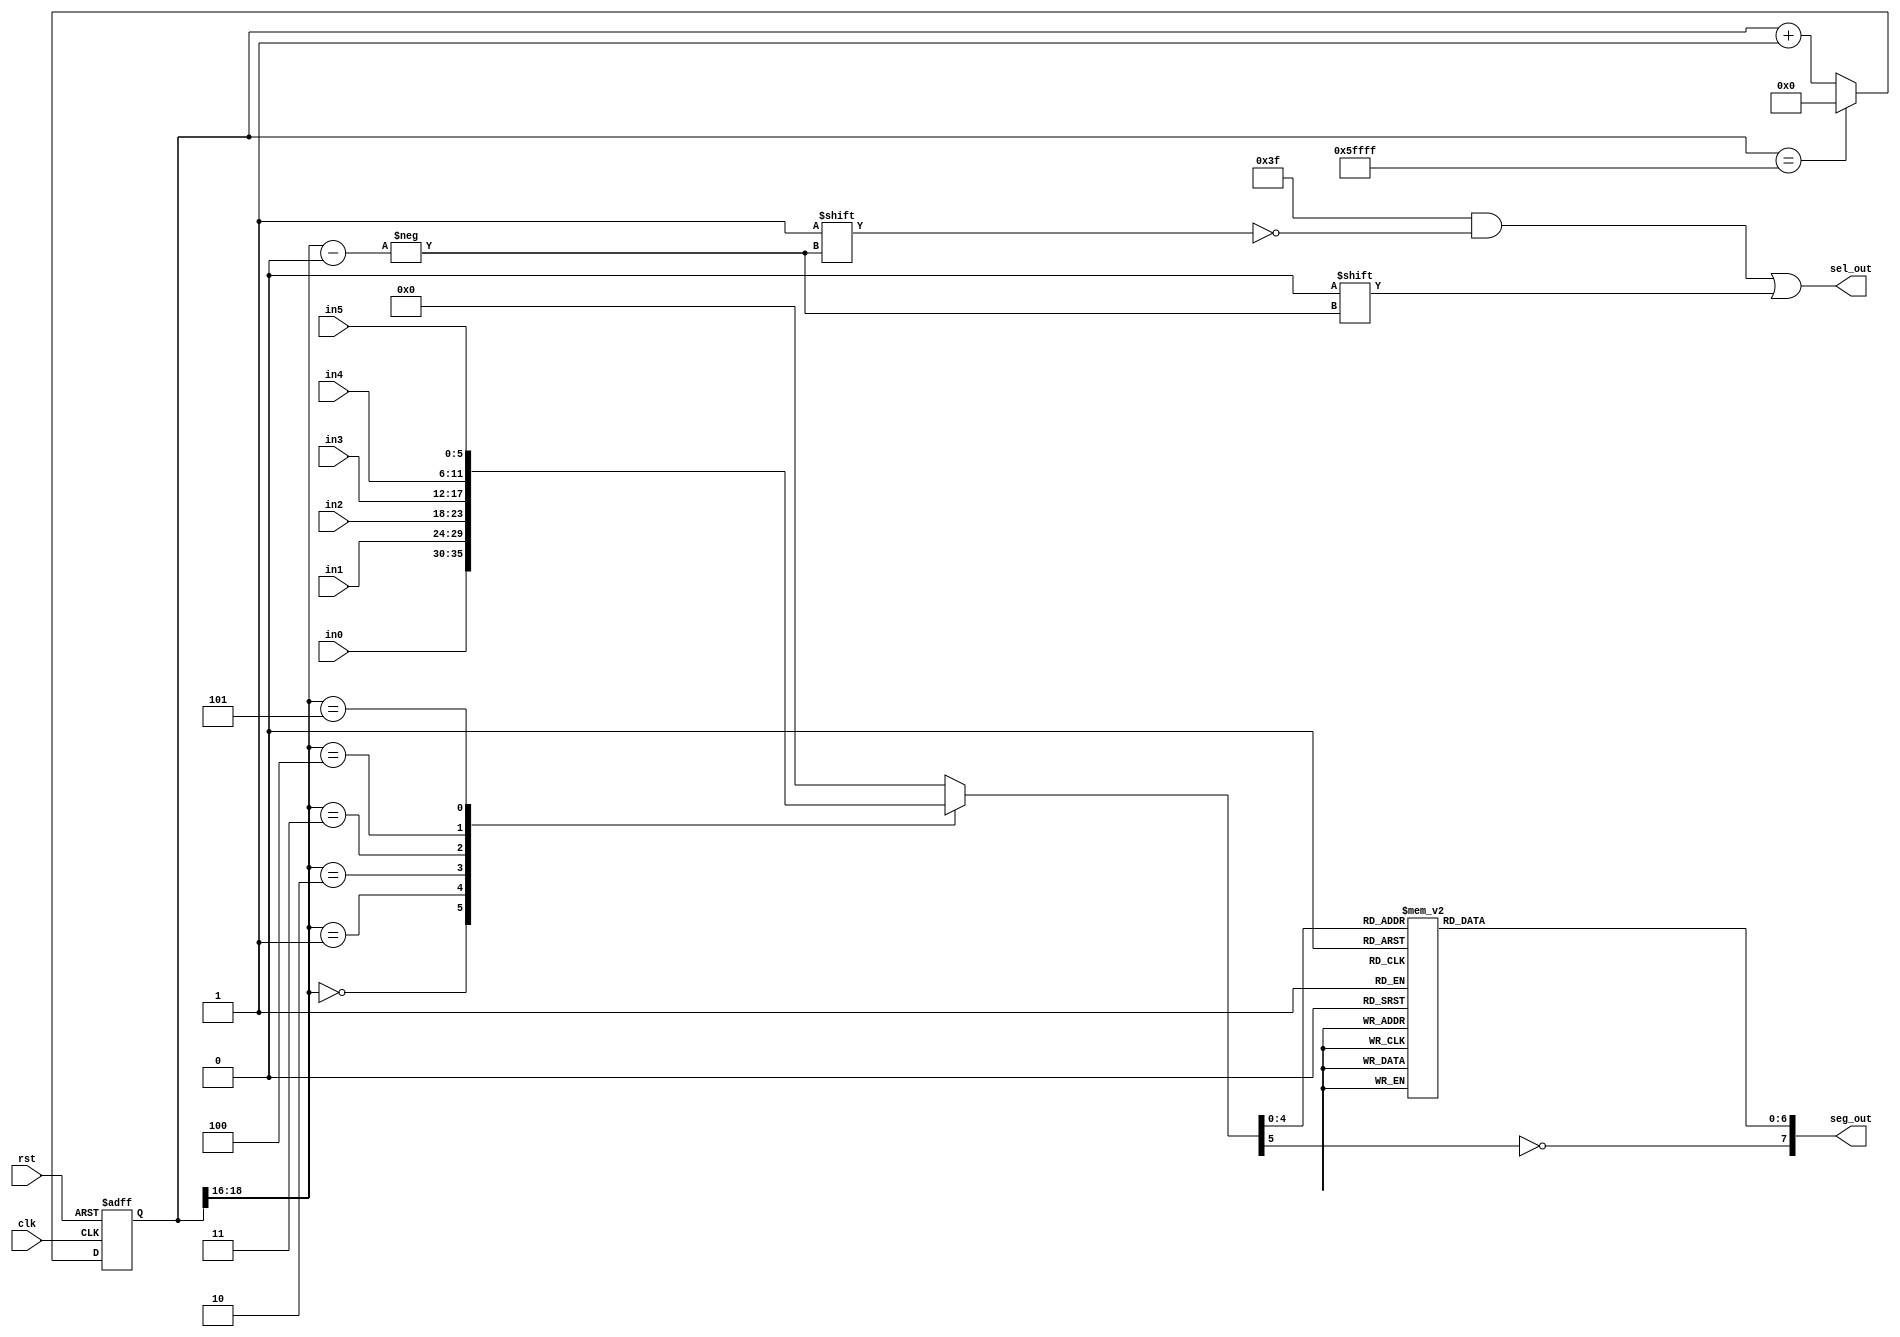
`timescale 1ns / 1ps

module LED_mux
	#(parameter N=19) //last 3 bits will be used as output. Frequency=50MHz/(2^(N-3)). So N=19 will have 763Hz
	(
	input clk,rst,
	input[5:0] in0,in1,in2,in3,in4,in5, //format: {dp,char[4:0]} , dp is active high
	output reg[7:0] seg_out,
	output reg[5:0] sel_out
    );
	 /*
	 LED_mux m1
	(
		.clk(clk),
		.rst(rst_n),
		.in0(in0),
		.in1(in1),
		.in2(in2),
		.in3(in3),
		.in4(in4),
		.in5(in5), //format: {dp,char[4:0]} , dp is active high
		.seg_out(seg_out),
		.sel_out(sel_out)
    );
	 */
	 reg[N-1:0] r_reg=0;
	 reg[5:0] hex_out=0;
	 wire[N-1:0] r_nxt;
	 wire[2:0] out_counter; //last 3 bits to be used as output signal
	 
	 
	 //N-bit counter
	 always @(posedge clk,negedge rst)
	 if(!rst) r_reg<=0;
	 else r_reg<=r_nxt;
	 
	 assign r_nxt=(r_reg=={3'd5,{(N-3){1'b1}}})?19'd0:r_reg+1'b1; //last 3 bits counts from 0 to 5(6 turns) then wraps around
	 assign out_counter=r_reg[N-1:N-3];
	 
	 
	 //sel_out output logic
	 always @(out_counter) begin
		 sel_out=6'b111_111;    //active low
		 sel_out[out_counter]=1'b0;
	 end
	  
	 //hex_out output logic
	 always @* begin
		 hex_out=0;
			 casez(out_counter)
			 3'b000: hex_out=in0;
			 3'b001: hex_out=in1;
			 3'b010: hex_out=in2;
			 3'b011: hex_out=in3;
			 3'b100: hex_out=in4;
			 3'b101: hex_out=in5;
			 endcase
	 end
	 	 
	 //hex-to-seg decoder
	 always @* begin
		 seg_out=0;
			 case(hex_out[4:0])
			 5'd0: seg_out[6:0]=7'b0000_001;
			 5'd1: seg_out[6:0]=7'b1001_111;
			 5'd2: seg_out[6:0]=7'b0010_010;
			 5'd3: seg_out[6:0]=7'b0000_110;
			 5'd4: seg_out[6:0]=7'b1001_100;
			 5'd5: seg_out[6:0]=7'b0100_100;
			 5'd6: seg_out[6:0]=7'b0100_000;
			 5'd7: seg_out[6:0]=7'b0001_111;
			 5'd8: seg_out[6:0]=7'b0000_000;
			 5'd9: seg_out[6:0]=7'b0001_100;
	  /*A*/5'd10: seg_out[6:0]=7'b0001_000; 
	  /*b*/5'd11: seg_out[6:0]=7'b1100_000;
	  /*C*/5'd12: seg_out[6:0]=7'b0110_001;
	  /*d*/5'd13: seg_out[6:0]=7'b1000_010;
	  /*E*/5'd14: seg_out[6:0]=7'b0110_000;
	  /*F*/5'd15: seg_out[6:0]=7'b0111_000;
	  /*G*/5'd16: seg_out[6:0]=7'b0100_000;
	  /*H*/5'd17: seg_out[6:0]=7'b1001_000;
	  /*I*/5'd18: seg_out[6:0]=7'b1111_001;
	  /*J*/5'd19: seg_out[6:0]=7'b1000_011;
	  /*L*/5'd20: seg_out[6:0]=7'b1110_001;
	  /*O*/5'd21: seg_out[6:0]=7'b0000_001;
	  /*P*/5'd22: seg_out[6:0]=7'b0011_000; 
	  /*R*/5'd23: seg_out[6:0]=7'b0001_000;
	  /*S*/5'd24: seg_out[6:0]=7'b0100_100;
	  /*U*/5'd25: seg_out[6:0]=7'b1000_001;
	  /*y*/5'd26: seg_out[6:0]=7'b1000_100;
	  /*Z*/5'd27: seg_out[6:0]=7'b0010_010; 
	/*OFF*/5'd28: seg_out[6:0]=7'b1111_111; //decimal 29 to 31 will be alloted for future use
			 endcase
		 seg_out[7]=!hex_out[5]; //active high decimal
	 end

endmodule